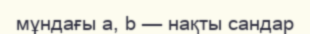
мұндағы a, b — нақты сандар